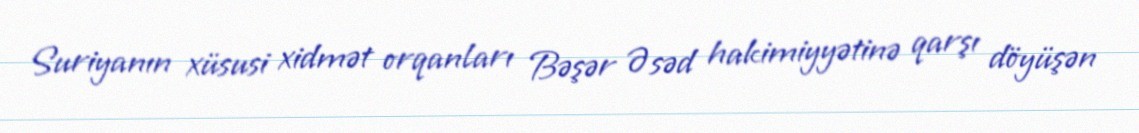
Suriyanın xüsusi xidmət orqanları Bəşər Əsəd hakimiyyətinə qarşı döyüşən